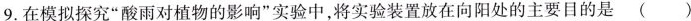
9.在模拟探究”酸雨对植物的影响”实验中，将实验装置放在向阳处的主要目的是( )